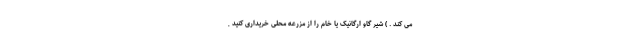
می کند . ) شیر گاو ارگانیک یا خام را از مزرعه محلی خریداری کنید ,